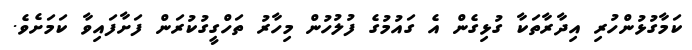
ކަމާގުޅުންހުރި އިދާރާތަކާ ގުޅިގެން އެ ގައުމުގެ ފުލުހުން މިހާރު ތަހްގީގުކުރަން ފަށާފައިވާ ކަމަށެވެ.